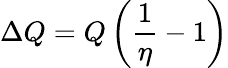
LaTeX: \Delta Q=Q\left({\frac{1}{\eta}}-1\right)